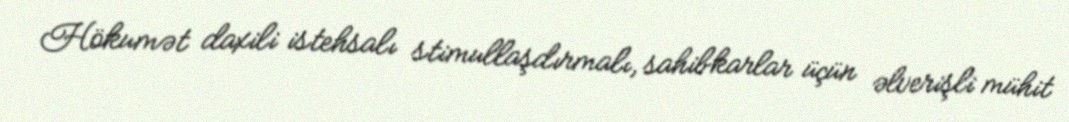
Hökumət daxili istehsalı stimullaşdırmalı, sahibkarlar üçün əlverişli mühit